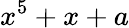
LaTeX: x^{5}+x+a